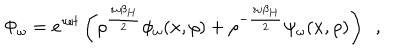
\Phi _ { \omega } = e ^ { \imath \omega t } \left( \rho ^ { \frac { \imath \omega \beta _ { H } } { 2 } } \phi _ { \omega } ( x , \rho ) + \rho ^ { - { \frac { \imath \omega \beta _ { H } } { 2 } } } \psi _ { \omega } ( x , \rho ) \right) ~ ~ ,